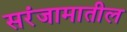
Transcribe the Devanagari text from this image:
सरंजामातील